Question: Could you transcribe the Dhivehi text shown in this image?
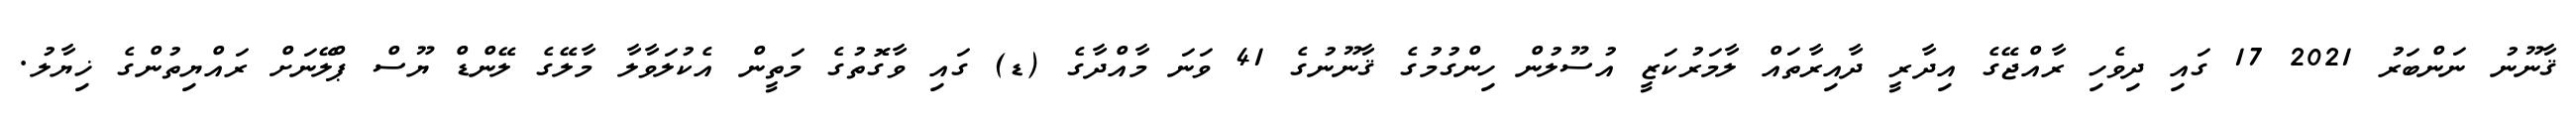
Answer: ޤާނޫނު ނަންބަރު 2021 17 ގައި ދިވެހި ރާއްޖޭގެ އިދާރީ ދާއިރާތައް ލާމަރުކަޒީ އުސޫލުން ހިންގުމުގެ ޤާނޫނުގެ 41 ވަނަ މާއްދާގެ (ޑ) ގައި ވާގޮތުގެ މަތީން އެކުލަވާލާ މާލޭގެ ލޭންޑް ޔޫސް ޕްލޭނަށް ރައްޔިތުންގެ ޚިޔާލު.